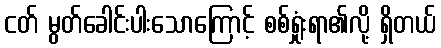
ငတ် မွတ်ခေါင်းပါးသောကြောင့် စစ်ရှုံးရာ၏လို့ ရှိတယ်